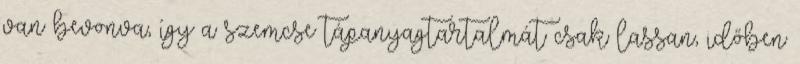
van bevonva, így a szemcse tápanyagtartalmát csak lassan, időben